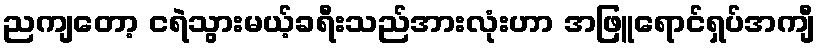
ညကျတော့ ငရဲသွားမယ့်ခရီးသည်အားလုံးဟာ အဖြူရောင်ရှပ်အကျီ